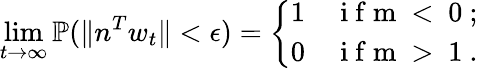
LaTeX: \operatorname*{lim}_{t\to\infty}\mathbb{P}(\| n^{T}w_{t}\| <\epsilon)=\left\{ \begin{array}{ll}{1}&{\mathrm{~i~f~m~<~0~};}\\ {0}&{\mathrm{~i~f~m~>~1~}.}\end{array}\right.